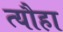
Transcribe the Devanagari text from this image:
त्यौहा